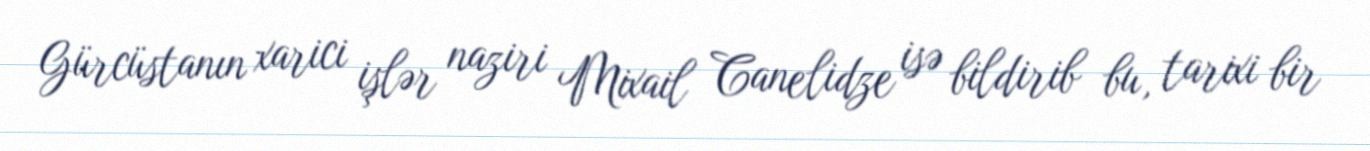
Gürcüstanın xarici işlər naziri Mixail Canelidze isə bildirib bu, tarixi bir